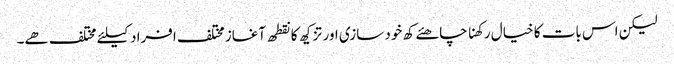
لیکن اس بات کا خیال رکھنا چاھئے کھ خود سازی اور تزکیھ کا نقطھ آغاز مختلف افراد کیلئے مختلف ھے۔